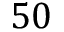
5 0